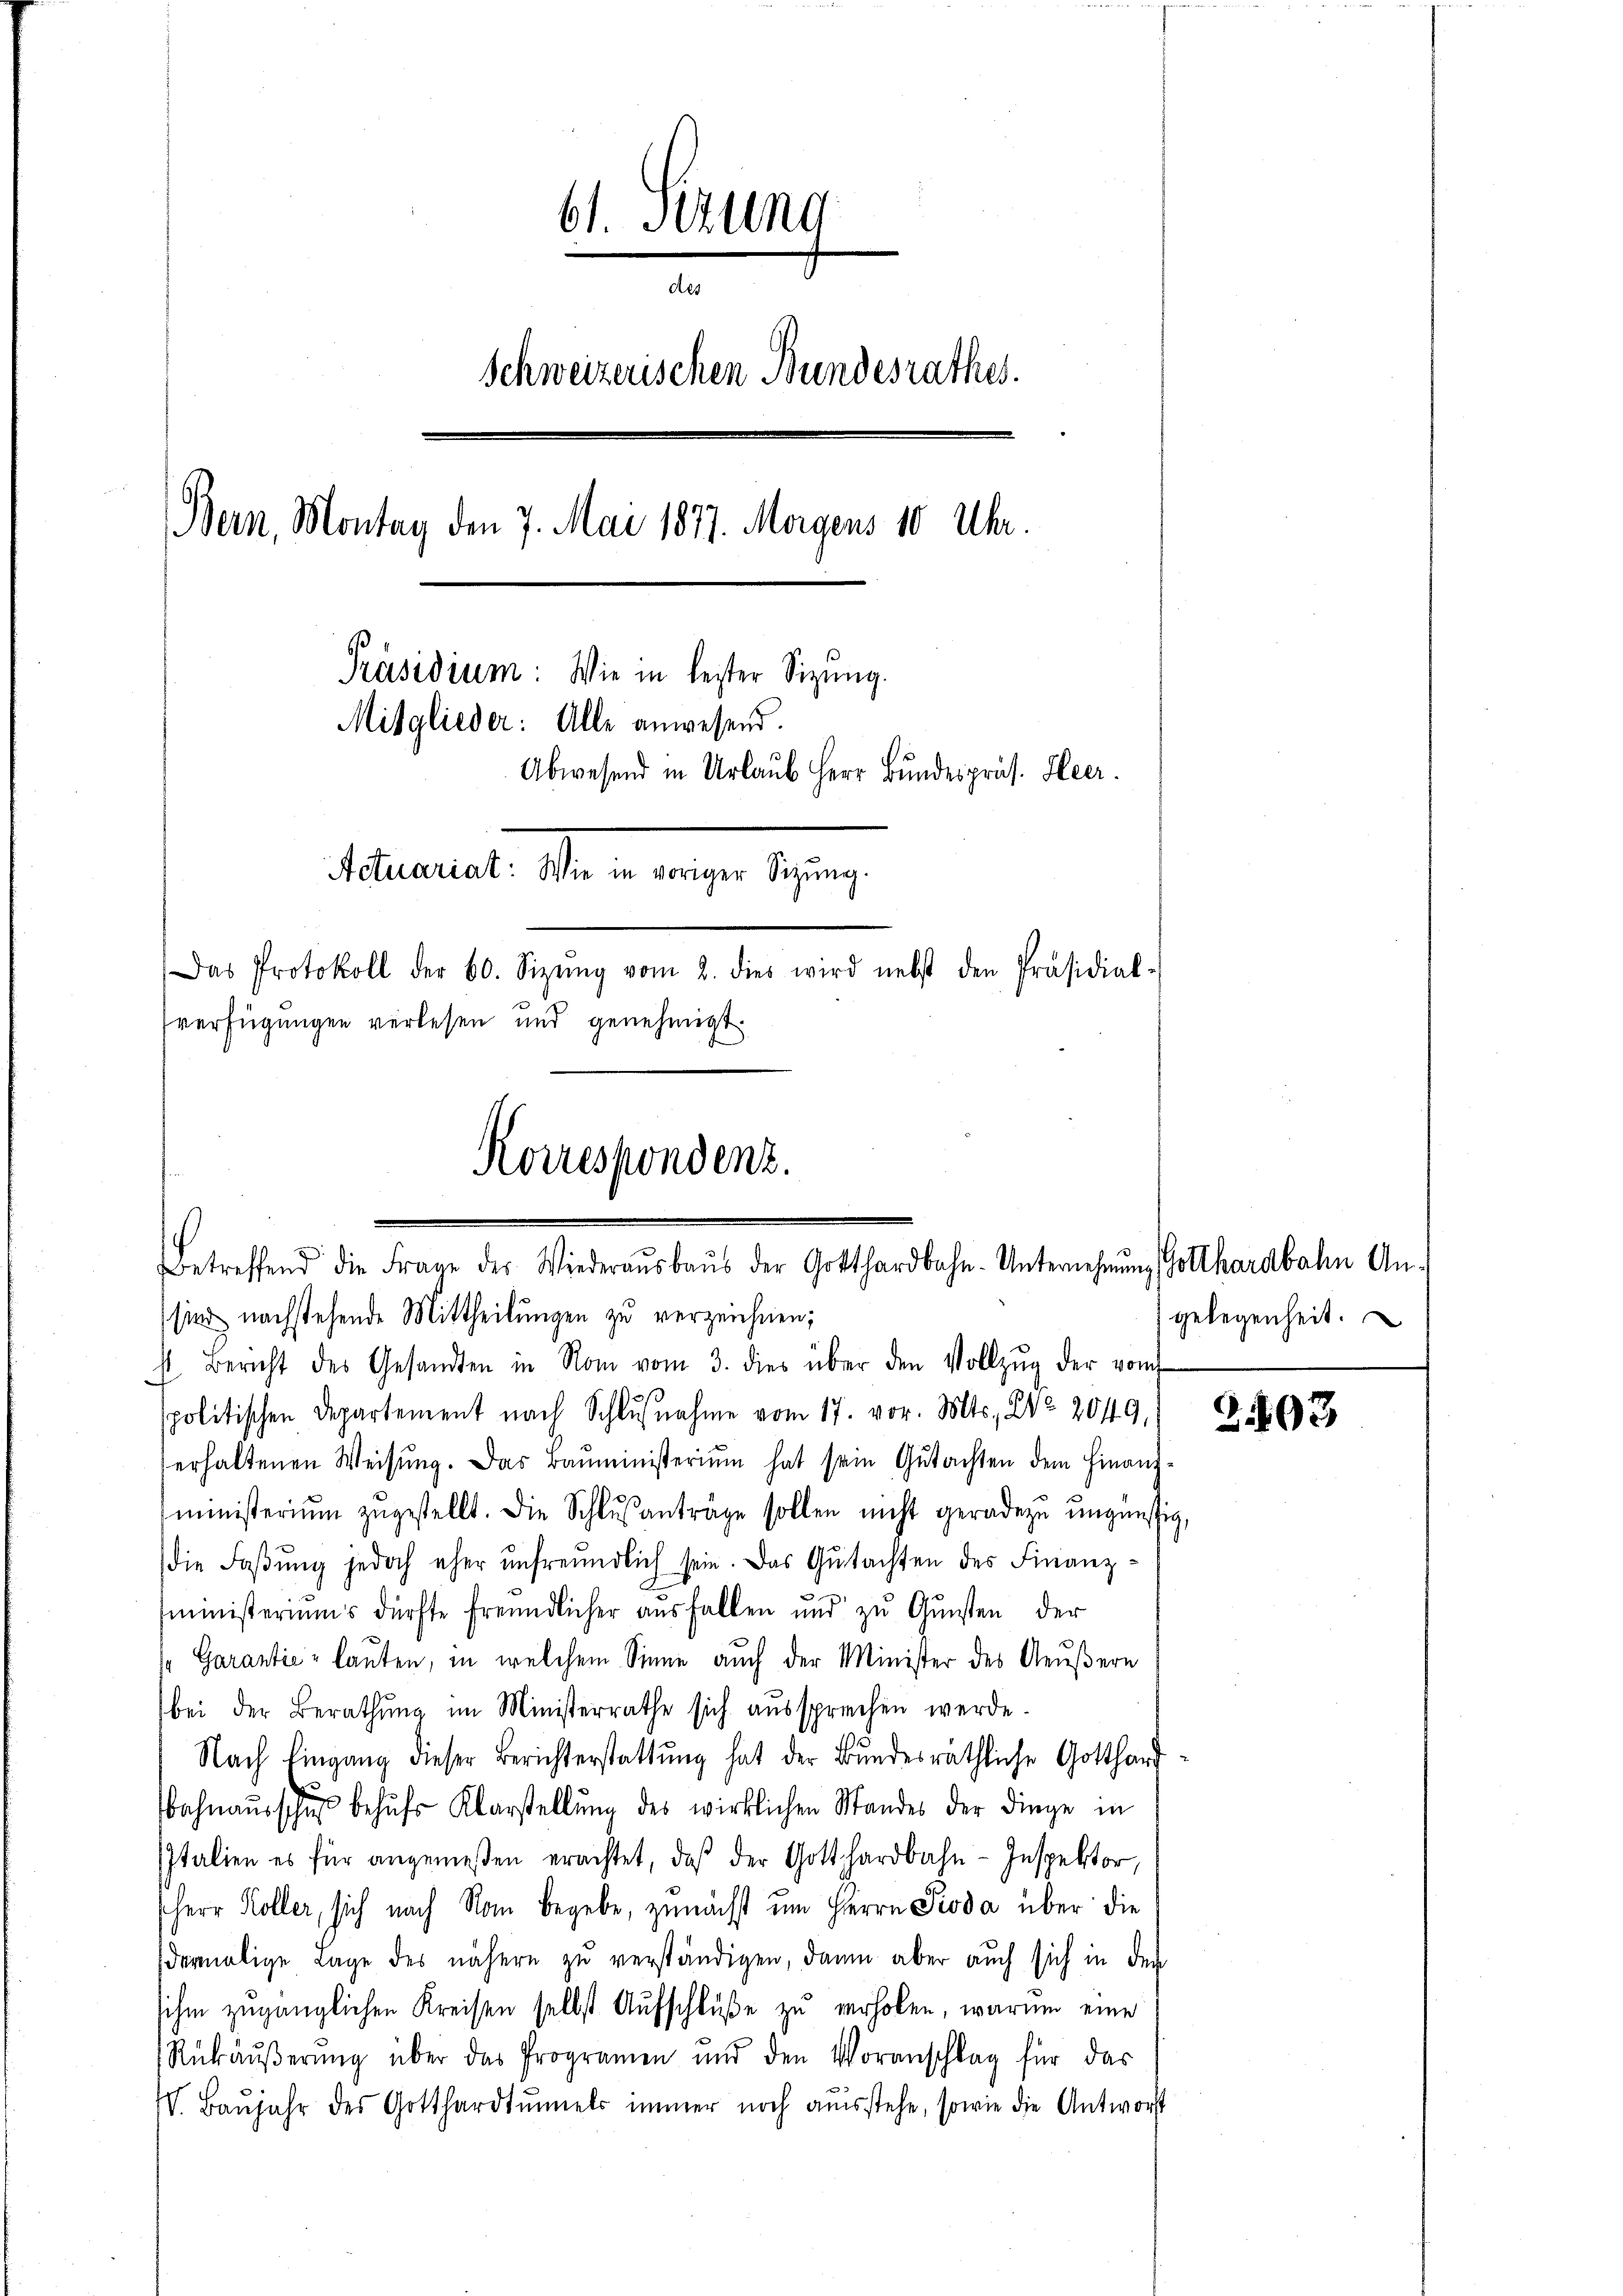
61. Sitzung
Schweizerischen Bundesrathes.
Bern, Montag den 7. Mai 1877. Morgens 10 Uhr.
Präsidium: Wie in leister Sizung.
Mitglieder: Alle anwesend.
Abwesend in Urlaŭb Herr Bundespräs. Heer.
Maurer Stein eigen eine
Das Protokoll der 60. Sizŭng vom 2. dies wird nebst den Präsidial-
verfügungen verlesen und genehmigt.

Korrespondenz.
Betreffend die Frage des Wiederaŭsbaŭs der Gotthardbahn-Unternehmung Gotthardbahn An-
ssier nachstehende Mittheilungen zu verzeichnen;

s Bericht des Gesandten in Rom vom 3. dies über den Vollzŭg der vom
politischen Departement nach Schlußnahme vom 17. vor. Mts., 22 2049,
erhaltenen Weisung. Das Baŭministerium hat sein Gutachten dem Finanz-
ministeriŭm zŭgestellt. Die Schlŭsanträge sollen nicht geradezu ŭngünstig,
die Faβŭng jedoch eher ŭnfreundlich sein. Das Gutachten des Finanzmministeriums dürfte freundlicher ausfallen und zŭ Gŭnsten der
s Garantie lauten, in welchem Sinne auch der Minister des Aeußern
bei der Berathŭng im Ministerrathe sich aussprechen werde.
Nach Eingang dieser Berichterstattŭng hat der Bundesräthliche Gotthard
ahnaŭsschuß behŭfs Klarstellŭng des wirklichen Standes der Dinge in
Italien es für angemeßen erachtet, daß der Gotthardbahn-Inspektor,
herr Koller, sich nach Non begebe, zunächst um Herrn Pioda über die
dermalige Lage des nähere zu verständigen, dann aber auch sich in den
sihm zugänglichen Kreisen selbst Aufschluße zu verhoben, warum eine
Rükäŭβerŭng über das Programen und den Voranschlag für das
IV. Baŭjahr des Gotthardtŭnels immer noch ausstehe, sowie die Antwort

gelegenheit.

2.193